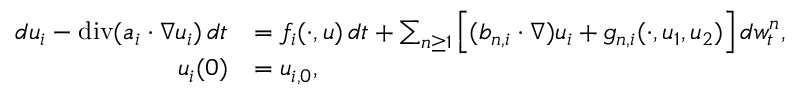
\begin{array} { r l } { d u _ { i } - \normalfont { \mathrm { d i v } } ( a _ { i } \cdot \nabla u _ { i } ) \, d t } & { = f _ { i } ( \cdot , u ) \, d t + \sum _ { n \geq 1 } \Big [ ( b _ { n , i } \cdot \nabla ) u _ { i } + g _ { n , i } ( \cdot , u _ { 1 } , u _ { 2 } ) \Big ] \, d w _ { t } ^ { n } , } \\ { u _ { i } ( 0 ) } & { = u _ { i , 0 } , } \end{array}